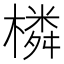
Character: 橉